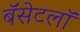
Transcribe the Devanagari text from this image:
बॅसेटलॉ